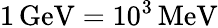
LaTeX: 1\, \mathrm{GeV}=10^{3}\, \mathrm{MeV}